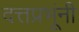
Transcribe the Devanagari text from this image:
दत्तप्रभूंनी